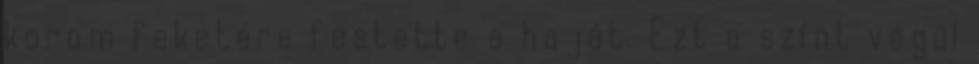
korom feketére festette a haját. Ezt a színt végül